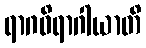
ရာဂဝိရာဂါယာတိ